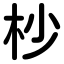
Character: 杪